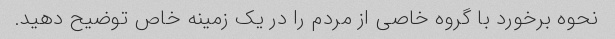
نحوه برخورد با گروه خاصی از مردم را در یک زمینه خاص توضیح دهید.